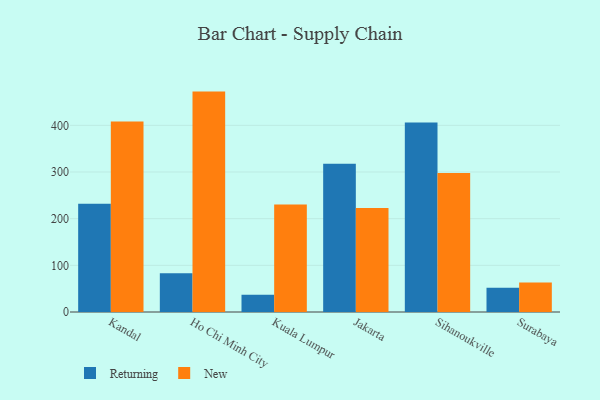
{"axis": {"x": "City", "y": "Satisfaction Score"}, "legend": ["New", "Returning"], "data": [{"x": "Kandal", "y": 232.2, "type": "Returning"}, {"x": "Kandal", "y": 408.4, "type": "New"}, {"x": "Ho Chi Minh City", "y": 83.0, "type": "Returning"}, {"x": "Ho Chi Minh City", "y": 472.3, "type": "New"}, {"x": "Kuala Lumpur", "y": 37.0, "type": "Returning"}, {"x": "Kuala Lumpur", "y": 230.1, "type": "New"}, {"x": "Jakarta", "y": 317.9, "type": "Returning"}, {"x": "Jakarta", "y": 223.1, "type": "New"}, {"x": "Sihanoukville", "y": 405.9, "type": "Returning"}, {"x": "Sihanoukville", "y": 298.1, "type": "New"}, {"x": "Surabaya", "y": 51.8, "type": "Returning"}, {"x": "Surabaya", "y": 63.0, "type": "New"}]}